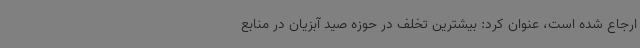
ارجاع شده است، عنوان کرد: بیشترین تخلف در حوزه صید آبزیان در منابع